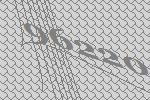
96220